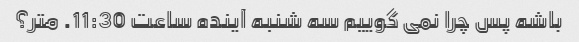
باشه پس چرا نمی گوییم سه شنبه آینده ساعت 11:30. متر؟